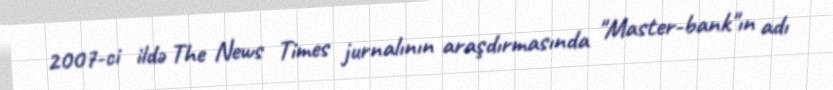
2007-ci ildə The News Times jurnalının araşdırmasında "Master-bank"ın adı